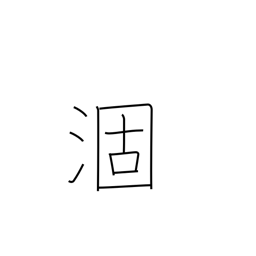
Meaning: mature